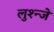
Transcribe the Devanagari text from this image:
लुश्न्जे